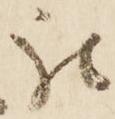
被